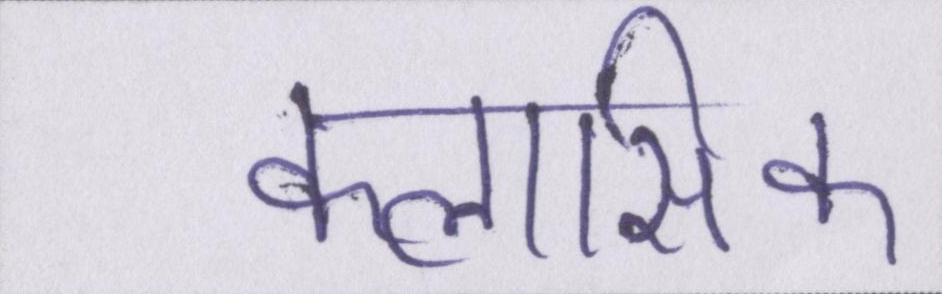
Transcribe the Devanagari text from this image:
क्लासिक